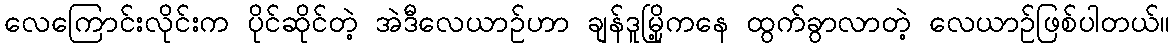
လေကြောင်းလိုင်းက ပိုင်ဆိုင်တဲ့ အဲဒီလေယာဉ်ဟာ ချန်ဒူမြို့ကနေ ထွက်ခွာလာတဲ့ လေယာဉ်ဖြစ်ပါတယ်။